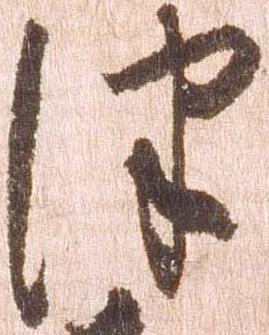
津